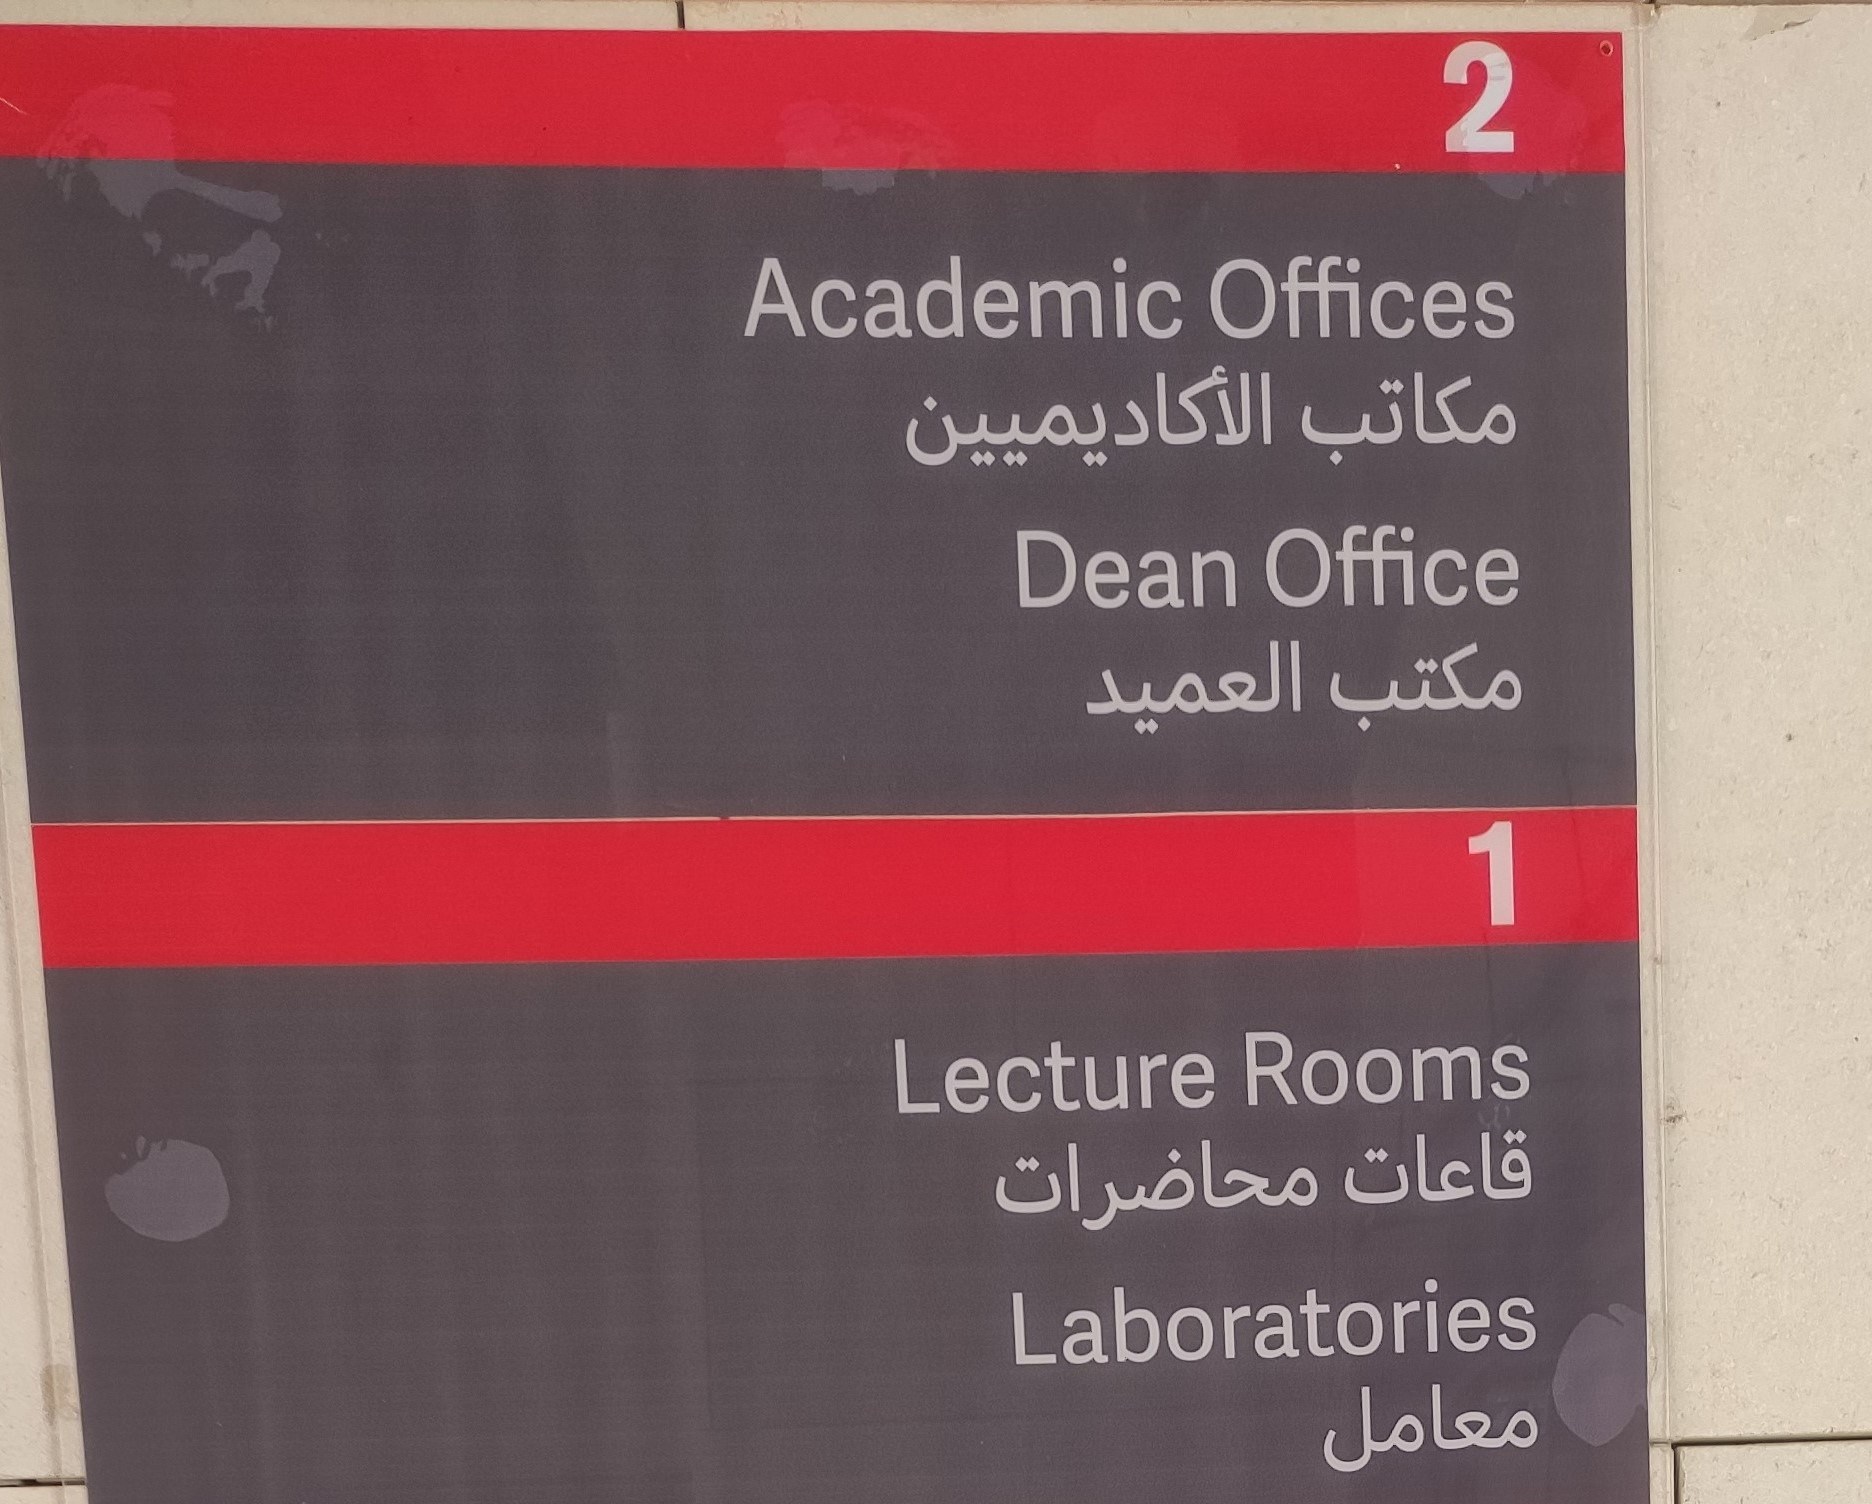
Text in image: مكاتب الأكاديميين مكتب العميد قاعات محاضرات معامل 2 Academic Offices Office Dean 1 Rooms Lecture Laboratories